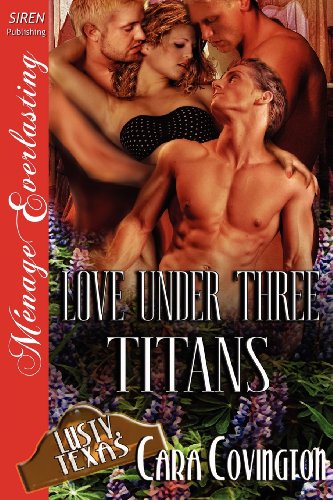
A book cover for Love Under Three Titans [Lusty, Texas 8] (Siren Publishing Menage Everlasting); Cara Covington; Romance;